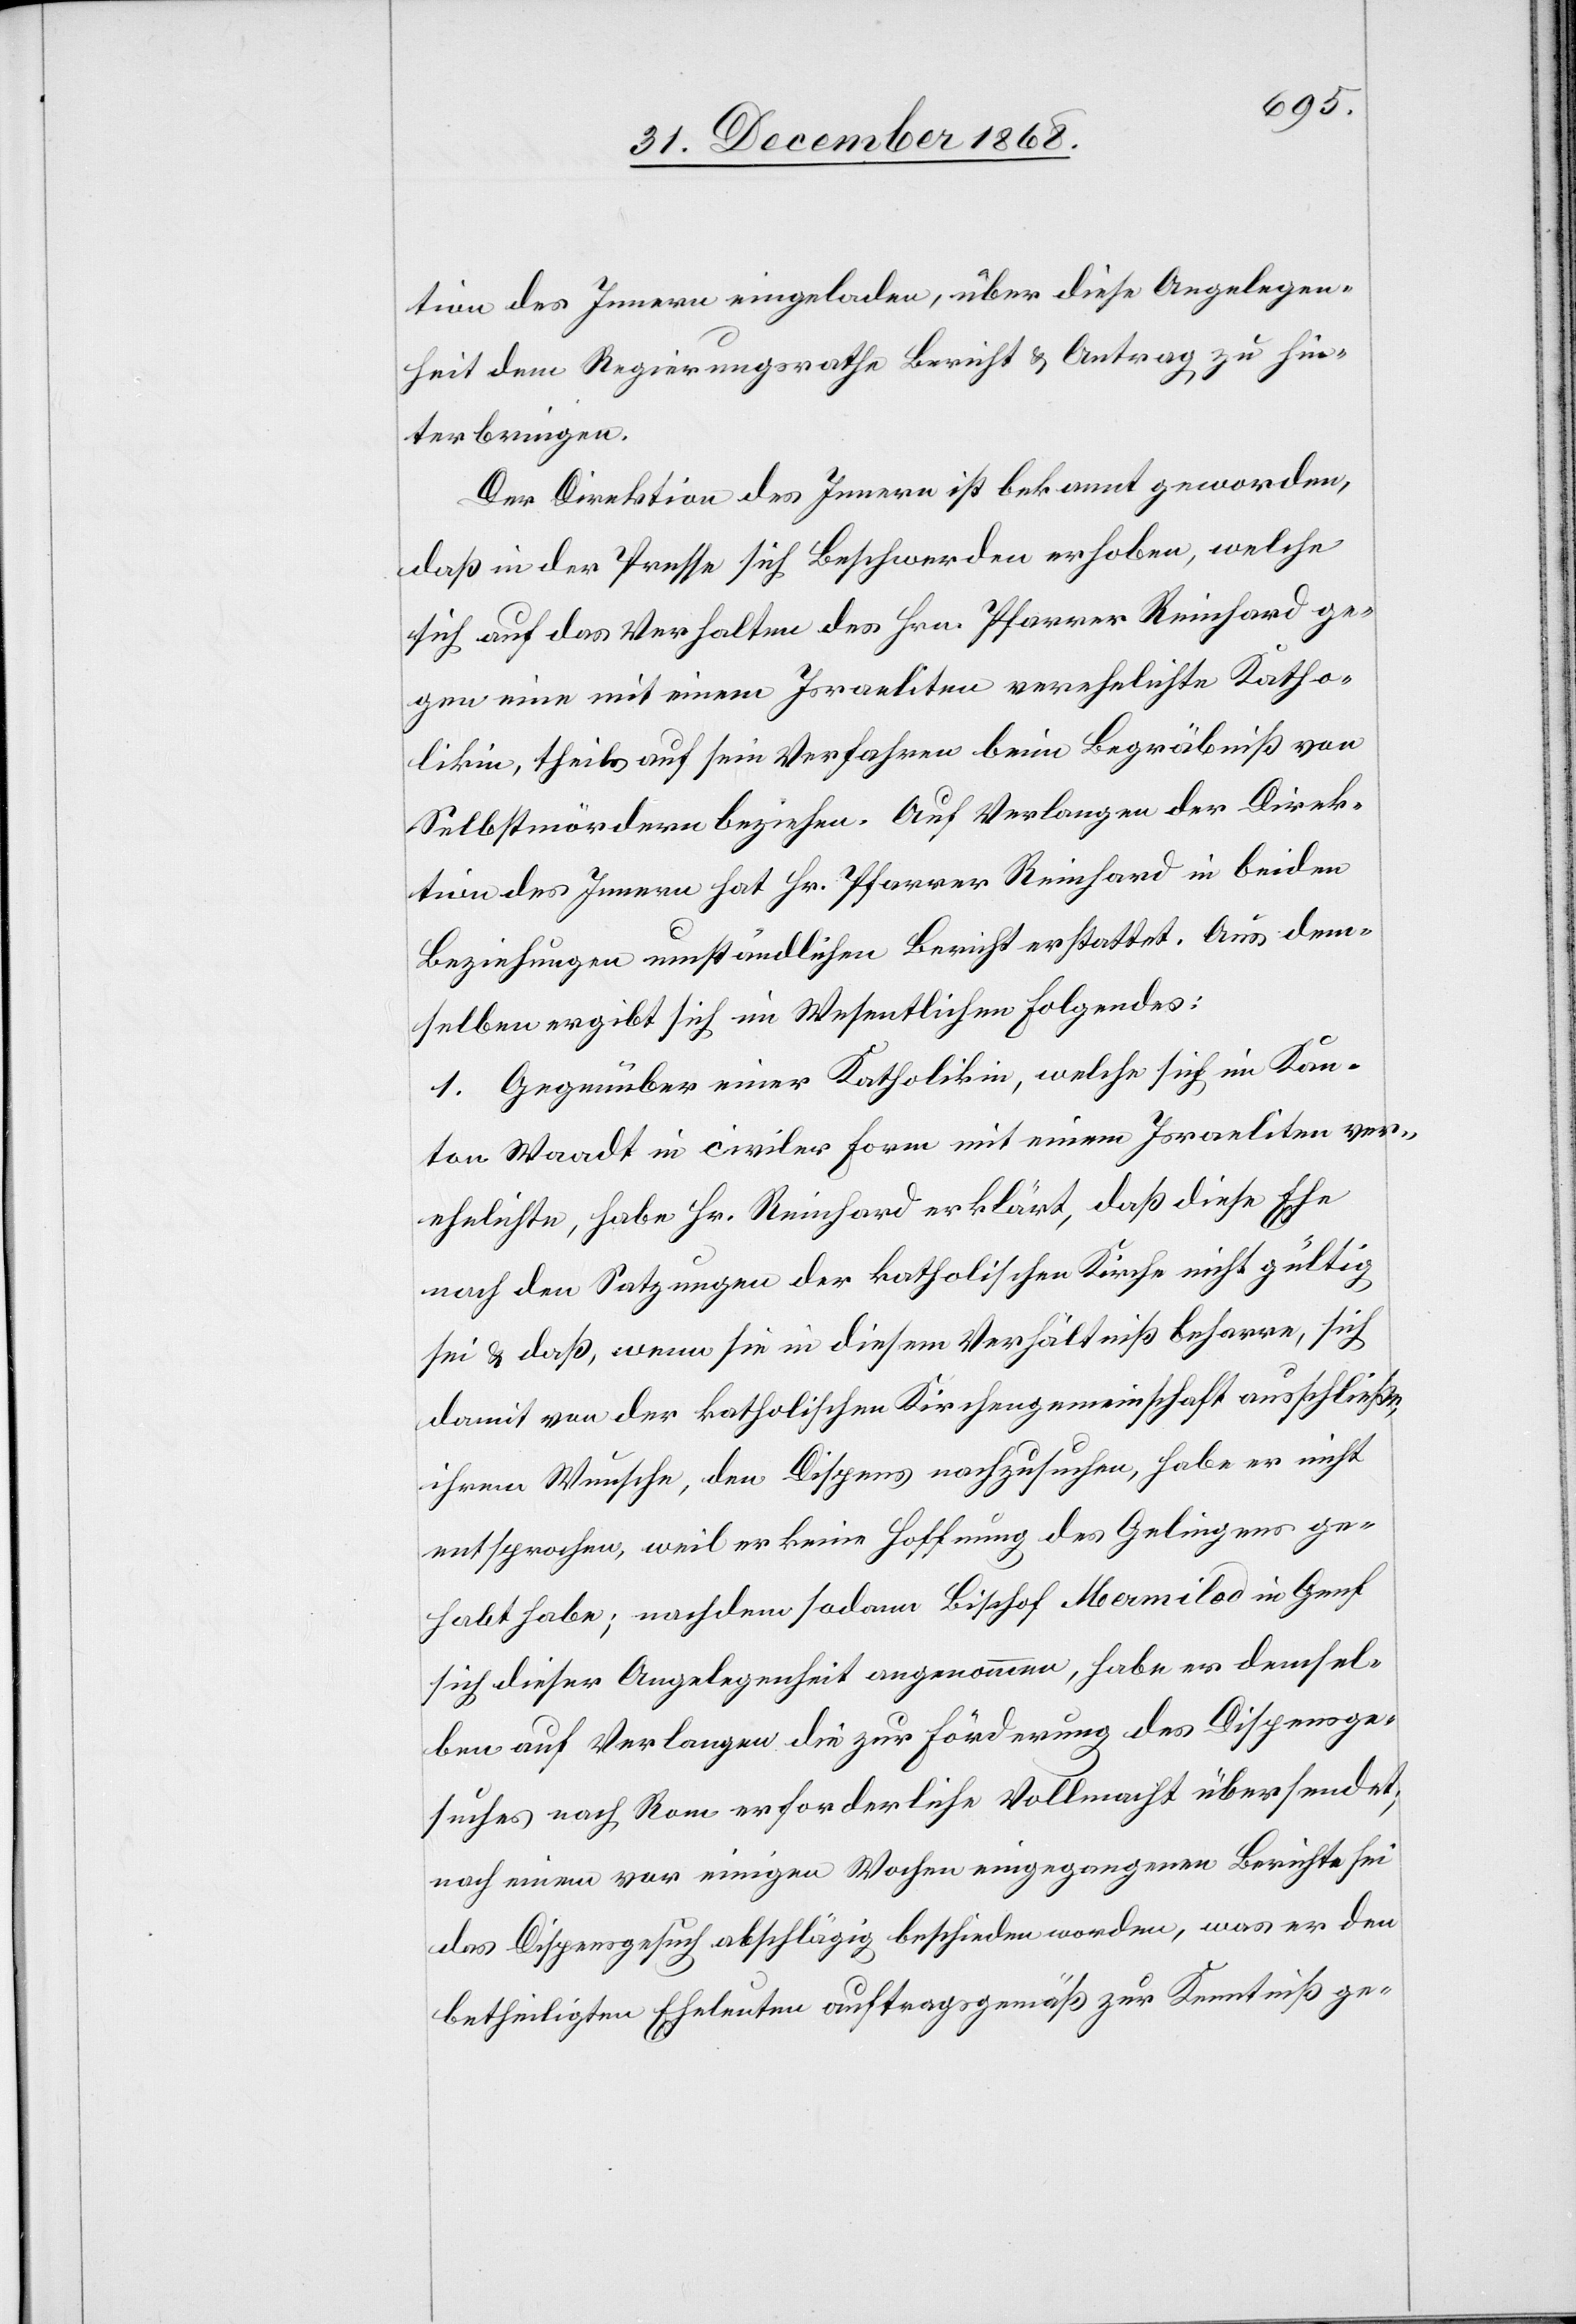
tion des Innern eingeladen, über diese Angelegen¬
heit dem Regierungsrathe Bericht & Antrag zu hin¬
terbringen.
Der Direktion des Innern ist bekannt geworden,
daß in der Presse sich Beschwerden erhoben, welche
sich auf das Verhalten des Hrn. Pfarrer Reinhard ge¬
gen eine mit einem Israeliten verehelichte Katho¬
likin, theils auf sein Verfahren beim Begräbniß von
Selbstmördern beziehen. Auf Verlangen der Direk¬
tion des Innern hat Hr. Pfarrer Reinhard in beiden
Beziehungen umständlichen Bericht erstattet. Aus dem¬
selben ergibt sich im Wesentlichen Folgendes:
1. Gegenüber einer Katholikin, welche sich im Kan¬
ton Waadt in civiler Form mit einem Israeliten ver¬
ehelichte, habe Hr. Reinhard erklärt, daß diese Ehe
nach den Satzungen der katholischen Kirche nicht gültig
sei & daß, wenn sie in diesem Verhältniß beharre, sich
damit von der katholischen Kirchengemeinschaft ausschließe,
ihrem Wunsche, den Dispens nachzusuchen, habe er nicht
entsprochen, weil er keine Hoffnung des Gelingens ge¬
habt habe; nachdem sodann Bischof Mermilod in Genf
sich dieser Angelegenheit angenommen, habe er demsel¬
ben auf Verlangen die zur Förderung des Dispensge¬
suches nach Rom erforderliche Vollmacht übersendet;
nach einem vor einigen Wochen eingegangenen Berichte sei
das Dispensgesuch abschlägig beschieden worden, was er den
betheiligten Eheleuten auftragsgemäß zur Kenntniß ge-